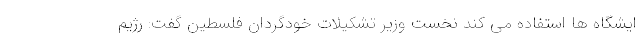
ایشگاه ها استفاده می کند نخست وزیر تشکیلات خودگردان فلسطین گفت: رژیم